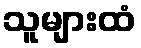
သူများထံ